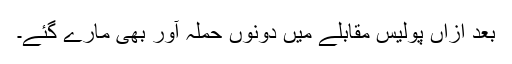
بعد ازاں پولیس مقابلے میں دونوں حملہ آور بھی مارے گئے۔